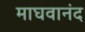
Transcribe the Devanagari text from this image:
माघवानंद